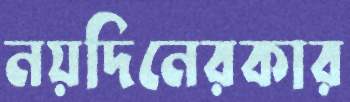
নয়দিনেরকার